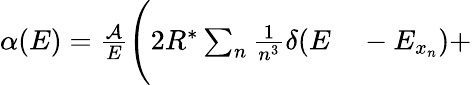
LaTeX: \begin{array}{rl}{\alpha(E)=\frac{\mathcal{A}}{E}\Bigg(2R^{*}\sum_{n}\frac{1}{n^{3}}\delta(E}&{{}-E_{x_{n}})+}\end{array}